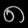
Digit: ၈